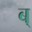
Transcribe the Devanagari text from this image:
ब्‌